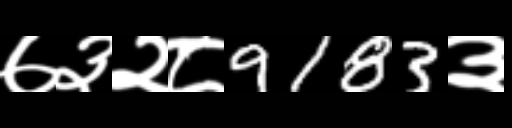
Text: ७३२८9183३